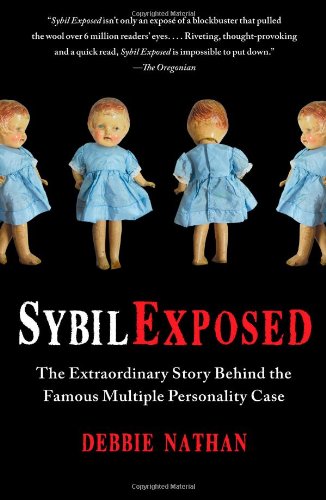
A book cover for Sybil Exposed: The Extraordinary Story Behind the Famous Multiple Personality Case; Debbie Nathan; Medical Books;